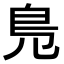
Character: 𠒎